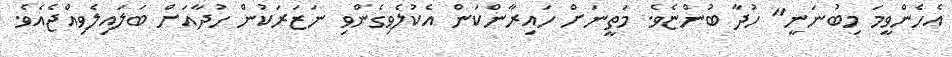
އެހެންވީމަ މިބުނަނީ" ހުދާ ބުންޏެވެ. މަތީނަށް ހައިރާންކަން އެކުލެވިގެންވި ނަޒަރަކުން ހުދާއަށް ބަލައިލެވިއްޖެއެވެ.